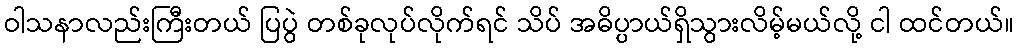
ဝါသနာလည်းကြီးတယ် ပြပွဲ တစ်ခုလုပ်လိုက်ရင် သိပ် အဓိပ္ပာယ်ရှိသွားလိမ့်မယ်လို့ ငါ ထင်တယ်။